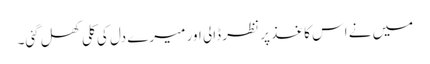
میں نے اس کاغذ پر نظر ڈالی اور میرے دل کی کلی کھل گئی۔